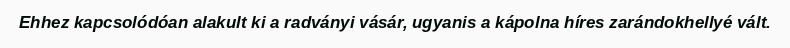
Ehhez kapcsolódóan alakult ki a radványi vásár, ugyanis a kápolna híres zarándokhellyé vált.